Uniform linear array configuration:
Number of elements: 12
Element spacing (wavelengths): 0.75
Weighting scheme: uniform
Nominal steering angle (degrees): -30
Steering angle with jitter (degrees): -30.188
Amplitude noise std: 0.05
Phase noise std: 0.05

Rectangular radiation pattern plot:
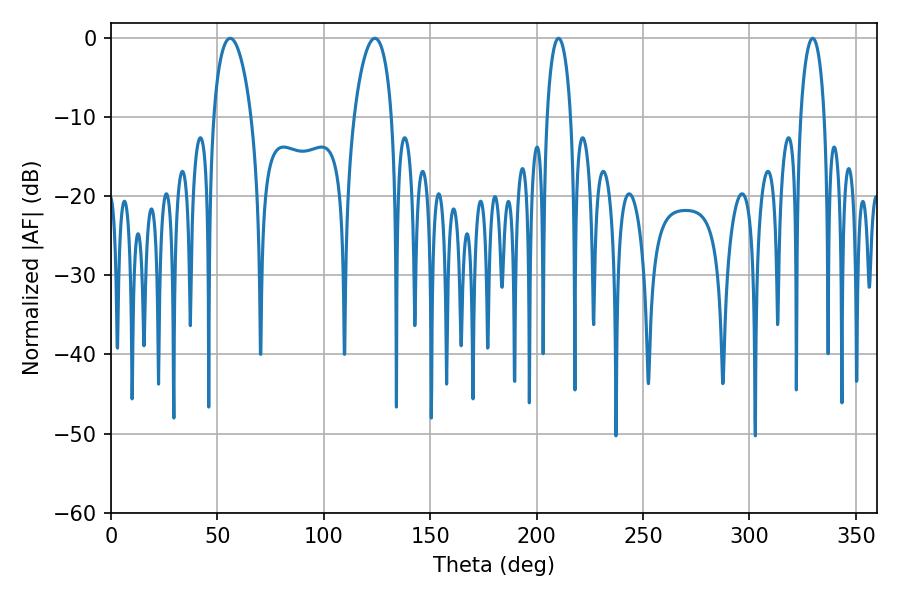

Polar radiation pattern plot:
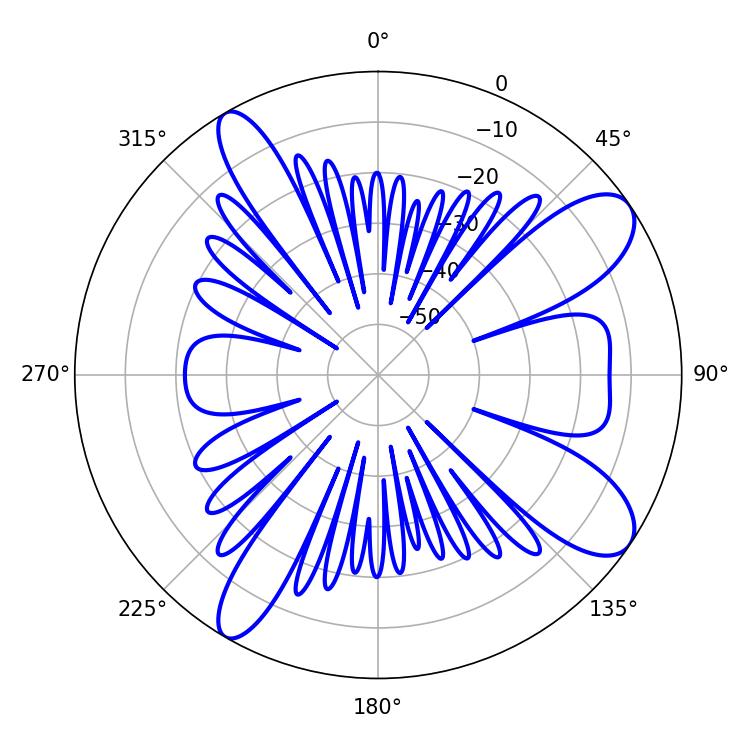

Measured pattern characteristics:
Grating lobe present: TRUE
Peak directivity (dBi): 9.96
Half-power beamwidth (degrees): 10.08
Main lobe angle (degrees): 55.98